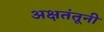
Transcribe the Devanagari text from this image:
अक्षतंतूनी